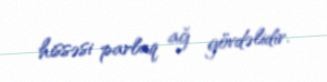
hissəsi parlaq ağ gövdəlidir.